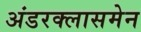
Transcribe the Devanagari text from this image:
अंडरक्लासमेन